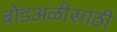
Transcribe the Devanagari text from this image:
बोंडअळीसाठी